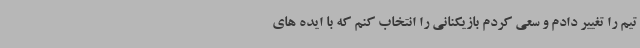
تیم را تغییر دادم و سعی کردم بازیکنانی را انتخاب کنم که با ایده های